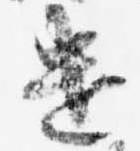
遣